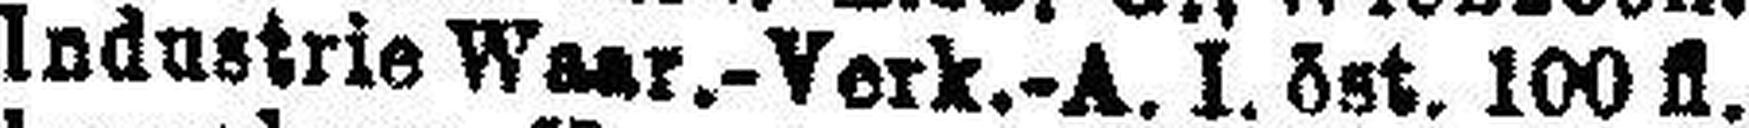
Industrie Waar.-Verk.-A. I. öst. 100 fl.